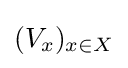
(V_{x})_{x\in X}